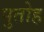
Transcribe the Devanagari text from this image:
पुतोह